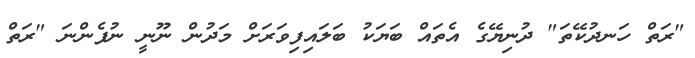
"ރަތް ހަނދުކޭތަ" ދުނިޔޭގެ އެތައް ބަޔަކު ބަލައިފިވަރަށް މަދުން ނޫނީ ނުފެންނަ "ރަތް